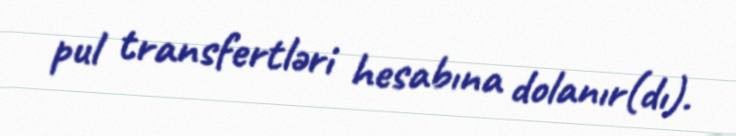
pul transfertləri hesabına dolanır(dı).